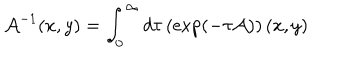
LaTeX: { \cal A } ^ { - 1 } ( x , y ) = \int _ { 0 } ^ { \infty } d \tau \left( \exp \left( - \tau { \cal A } \right) \right) ( x , y )